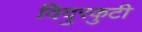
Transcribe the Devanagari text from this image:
विदुरकुटी